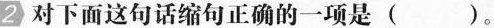
2 对下面这句话缩句正确的一项是( )。